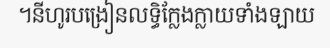
។នីហូរបង្រៀនលទ្ធិក្លែងក្លាយទាំងឡាយ